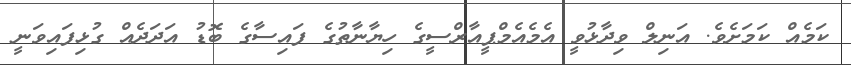
ކަމެއް ކަމަށެވެ. އަނިލް ވިދާޅުވީ އެމެއެމްޕީއާރްސީގެ ހިޔާނާތުގެ ފައިސާގެ ބޮޑު އަދަދެއް ގުޅިފައިވަނީ